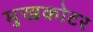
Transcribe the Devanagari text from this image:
मुखकोटर